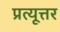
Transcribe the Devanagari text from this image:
प्रत्यूत्तर